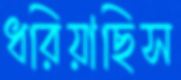
ধরিয়াছিস